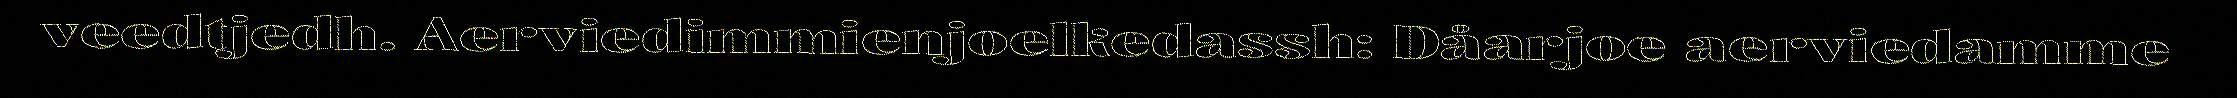
veedtjedh. Aerviedimmienjoelkedassh: Dåarjoe aerviedamme